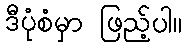
ဒီပုံစံမှာ ဖြည့်ပါ။